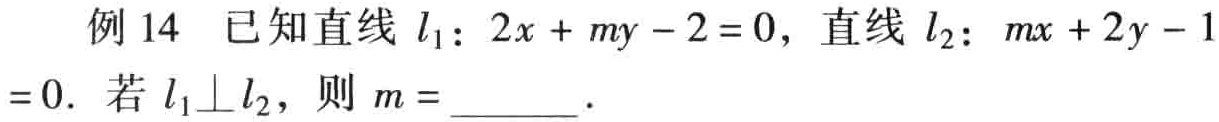
例 14 已知直线 \(l_{1}:2x + my - 2 = 0\)，直线 \(l_{2}:mx + 2y - 1 = 0\). 若 \(l_{1}\perp l_{2}\)，则 \(m =\)  ．